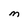
Character: M